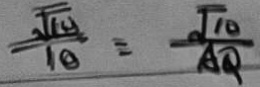
\frac { \sqrt { 1 0 } } { 1 0 } = \frac { \sqrt { 1 0 } } { A Q }